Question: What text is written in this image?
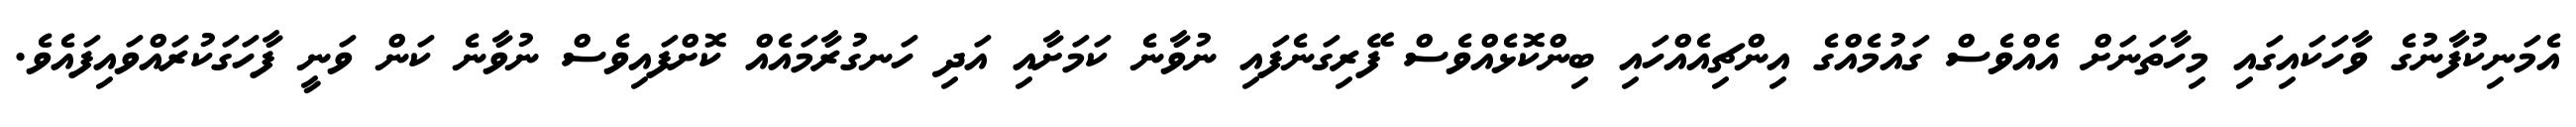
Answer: އެމަނިކުފާނުގެ ވާހަކައިގައި މިހާތަނަށް އެއްވެސް ގައުމެއްގެ އިންޗިއެއްހައި ބިންކޮޅެއްވެސް ފޭރިގަނެފައި ނުވާނެ ކަމަށާއި އަދި ހަނގުރާމައެއް ކޮށްފައިވެސް ނުވާނެ ކަން ވަނީ ފާހަގަކުރައްވައިފައެވެ.